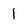
Character: 1